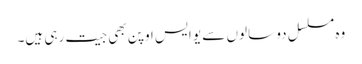
وہ مسلسل دو سالوں سے یو ایس اوپن بھی جیت رہی ہیں۔